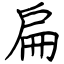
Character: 扁